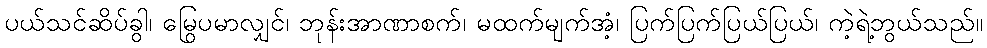
ပယ်သင်ဆိပ်ခွါ၊ မြွေပမာလျှင်၊ ဘုန်းအာဏာစက်၊ မထက်မျက်အံ့၊ ပြက်ပြက်ပြယ်ပြယ်၊ ကဲ့ရဲ့ဘွယ်သည်။